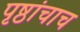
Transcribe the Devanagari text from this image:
पृष्ठांचाच